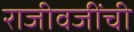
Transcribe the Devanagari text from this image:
राजीवजींची